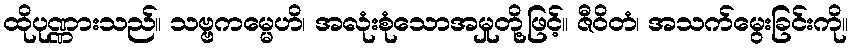
ထိုပုဏ္ဏားသည်။ သဗ္ဗကမ္မေဟိ၊ အလုံးစုံသောအမှုတို့ဖြင့်။ ဇီဝိတံ၊ အသက်မွေးခြင်းကို။